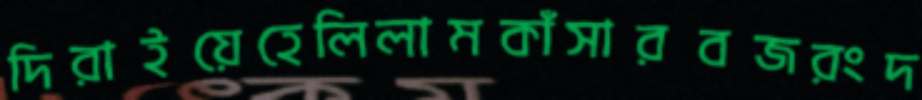
দিরাইয়েহেলিলামকাঁসারবজরংদ